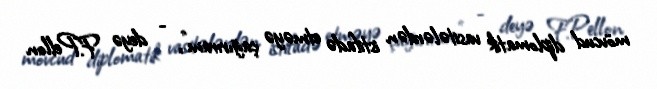
mövcud diplomatik vasitələrdən istifadə etməyə çağırıram”, - deyə F.Pellon